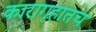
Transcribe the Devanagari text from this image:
कारागृहातच